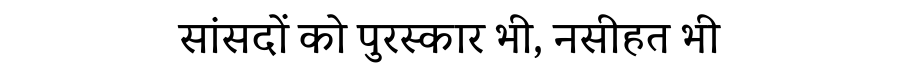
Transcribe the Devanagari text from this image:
सांसदों को पुरस्कार भी, नसीहत भी